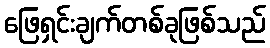
ဖြေရှင်းချက်တစ်ခုဖြစ်သည်